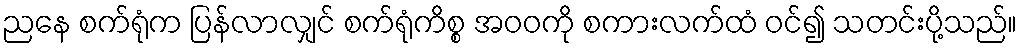
ညနေ စက်ရုံက ပြန်လာလျှင် စက်ရုံကိစ္စ အဝဝကို စကားလက်ထံ ဝင်၍ သတင်းပို့သည်။